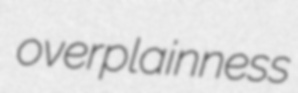
overplainness